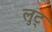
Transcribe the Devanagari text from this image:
लुट्